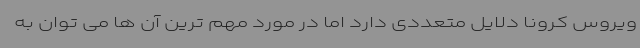
ویروس کرونا دلایل متعددی دارد اما در مورد مهم ترین آن ها می توان به